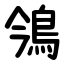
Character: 鳹